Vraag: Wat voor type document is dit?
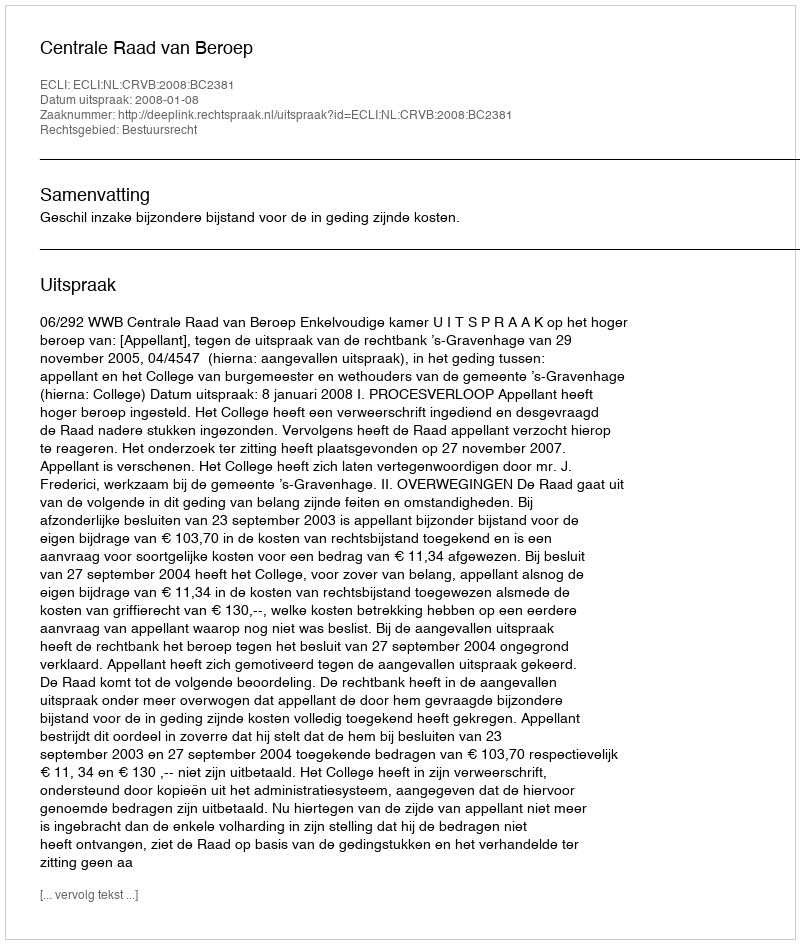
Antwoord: Uitspraak